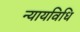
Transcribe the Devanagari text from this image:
न्यायविधि